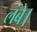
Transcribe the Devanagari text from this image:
लंबे।